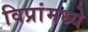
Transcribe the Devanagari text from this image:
विप्रांमध्ये